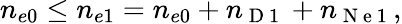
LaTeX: n_{e0}\leq n_{e1}=n_{e0}+n_{\mathrm{~D~1~}}+n_{\mathrm{~N~e~1~}},